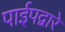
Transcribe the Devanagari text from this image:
पाईपद्वारे